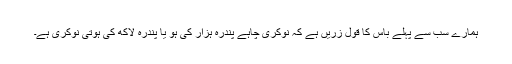
ہمارے سب سے پہلے باس کا قولِ زریں ہے کہ نوکری چاہے پندرہ ہزار کی ہو یا پندرہ لاکھ کی ہوتی نوکری ہے۔